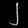
Digit: ၂